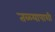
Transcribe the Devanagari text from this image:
तळ्यापाशी